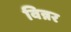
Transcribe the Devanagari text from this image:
विन्नर